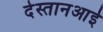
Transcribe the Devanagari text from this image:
देस्तानआई